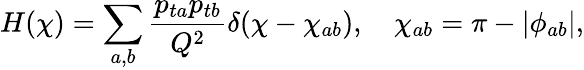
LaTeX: H(\chi)=\sum_{a,b}\frac{p_{ta}p_{tb}}{Q^{2}}\delta(\chi-\chi_{ab}),\quad\chi_{ab}=\pi-|\phi_{ab}|,